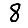
Digit: 8